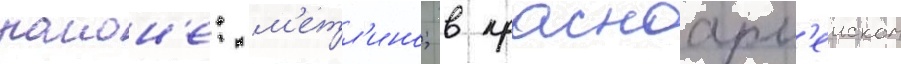
раион'е: м'етл'ино; в красноарм'еиском